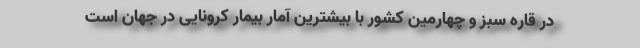
در قاره سبز و چهارمین کشور با بیشترین آمار بیمار کرونایی در جهان است